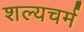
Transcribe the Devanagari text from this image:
शल्यचर्म